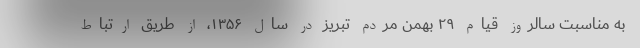
به ‌مناسبت سالروز قیام ۲۹ بهمن مردم تبریز در سال ۱۳۵۶، از طریق ارتباط